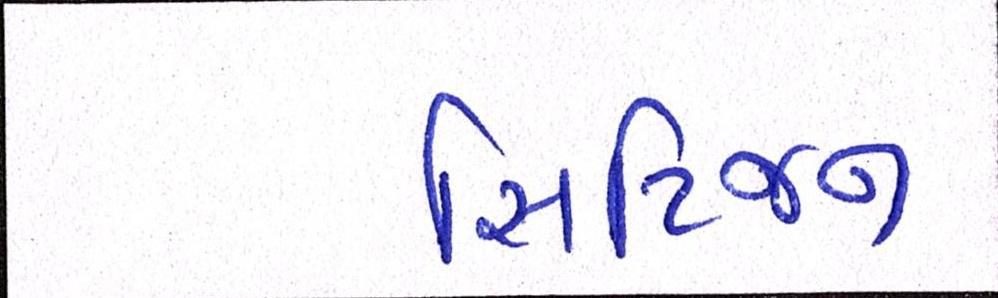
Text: સિટિજન